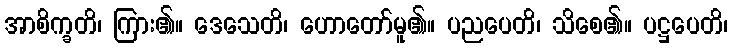
အာစိက္ခတိ၊ ကြား၏။ ဒေသေတိ၊ ဟောတော်မူ၏။ ပညပေတိ၊ သိစေ၏။ ပဋ္ဌပေတိ၊